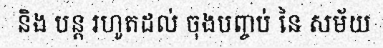
និង បន្ត រហូតដល់ ចុងបញ្ចប់ នៃ សម័យ